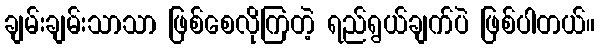
ချမ်းချမ်းသာသာ ဖြစ်စေလိုကြတဲ့ ရည်ရွယ်ချက်ပဲ ဖြစ်ပါတယ်။